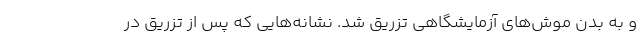
و به بدن موش‌های آزمایشگاهی تزریق شد. نشانه‌هایی که پس از تزریق در